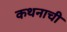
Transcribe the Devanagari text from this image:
कथनाची